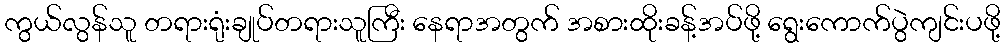
ကွယ်လွန်သူ တရားရုံးချုပ်တရားသူကြီး နေရာအတွက် အစားထိုးခန့်အပ်ဖို့ ရွေးကောက်ပွဲကျင်းပဖို့